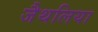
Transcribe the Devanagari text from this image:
जैथलिया